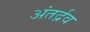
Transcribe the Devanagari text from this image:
अंतर्द्रव